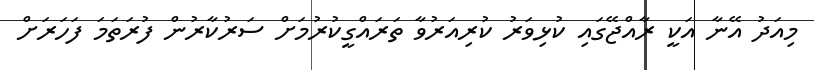
މިއަދު އޭނާ އަކީ ރާއްޖޭގައި ކުޅިވަރު ކުރިއަރުވާ ތަރައްގީކުރުމަށް ސަރުކާރުން ފުރަތަމަ ފަހަރަށް